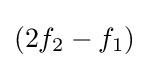
(2f_{2}-f_{1})